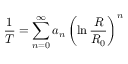
{ \frac { 1 } { T } } = \sum _ { n = 0 } ^ { \infty } a _ { n } \left( \ln { \frac { R } { R _ { 0 } } } \right) ^ { n }